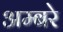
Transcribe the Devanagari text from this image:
अम्बरे